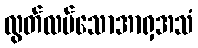
လွတ်လပ်သောအာရှအသံ